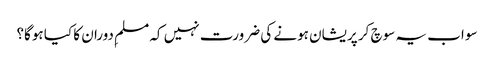
سو اب یہ سوچ کر پریشان ہونے کی ضرورت نہیں کہ مسلمِ دوران کا کیا ہوگا؟